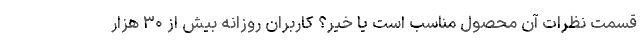
قسمت نظرات آن محصول مناسب است یا خیر؟ کاربران روزانه بیش از ۳۰ هزار